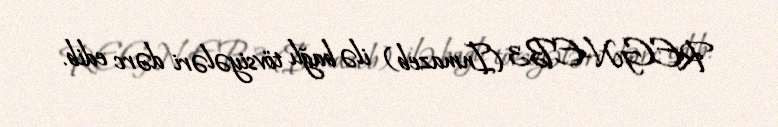
REGN-EB3 (Inmazeb) ilə bağlı tövsiyələri dərc edib.